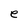
Character: e